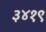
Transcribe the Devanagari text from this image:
३४१९